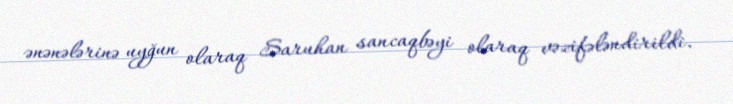
ənənələrinə uyğun olaraq Saruhan sancaqbəyi olaraq vəzifələndirildi.